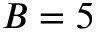
B = 5